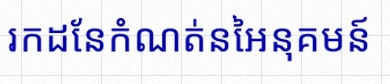
រកដែនកំណត់នៃអនុគមន៍